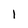
Character: l